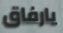
يارفاق